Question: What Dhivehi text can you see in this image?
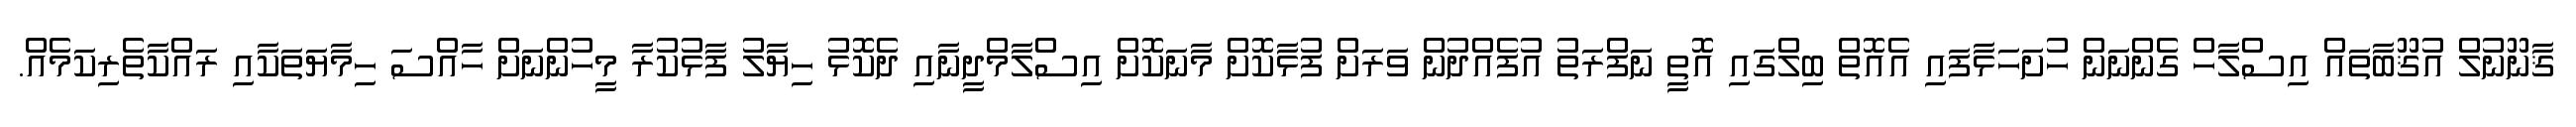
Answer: ޤާނޫނުލް އުޤޫބާތައް އިސްލާހް ގެންނަން ހުށަހަޅާފައި އެއޮތް ބިލްގައި އޮތީ ނަފްރަތު އުފެއްދުން ވަރަށް ފުޅާކޮށް މާނަކޮށް އިސްލާމްދީނާއި ދެކޮޅު ހިޔާލު ފާޅުކުރާ މީހުންނަށް ހާއްސަ ހިމާޔަތަކާއި ރައްކާތެރިކަމެއް.